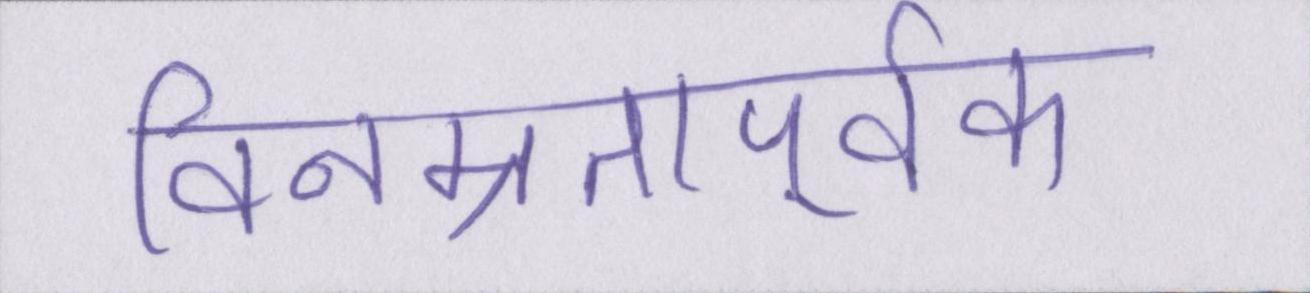
विनम्रतापूर्वक